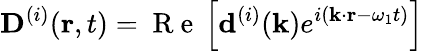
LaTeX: {{\mathbf D}^{(i)}}({\mathbf r},t)=\mathrm{~R~e~}\left[{{\mathbf d}^{(i)}}({\mathbf k})e^{i\left({\mathbf k}\cdot{\mathbf r}-\omega_{1}t\right)}\right]